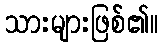
သားများဖြစ်၏။